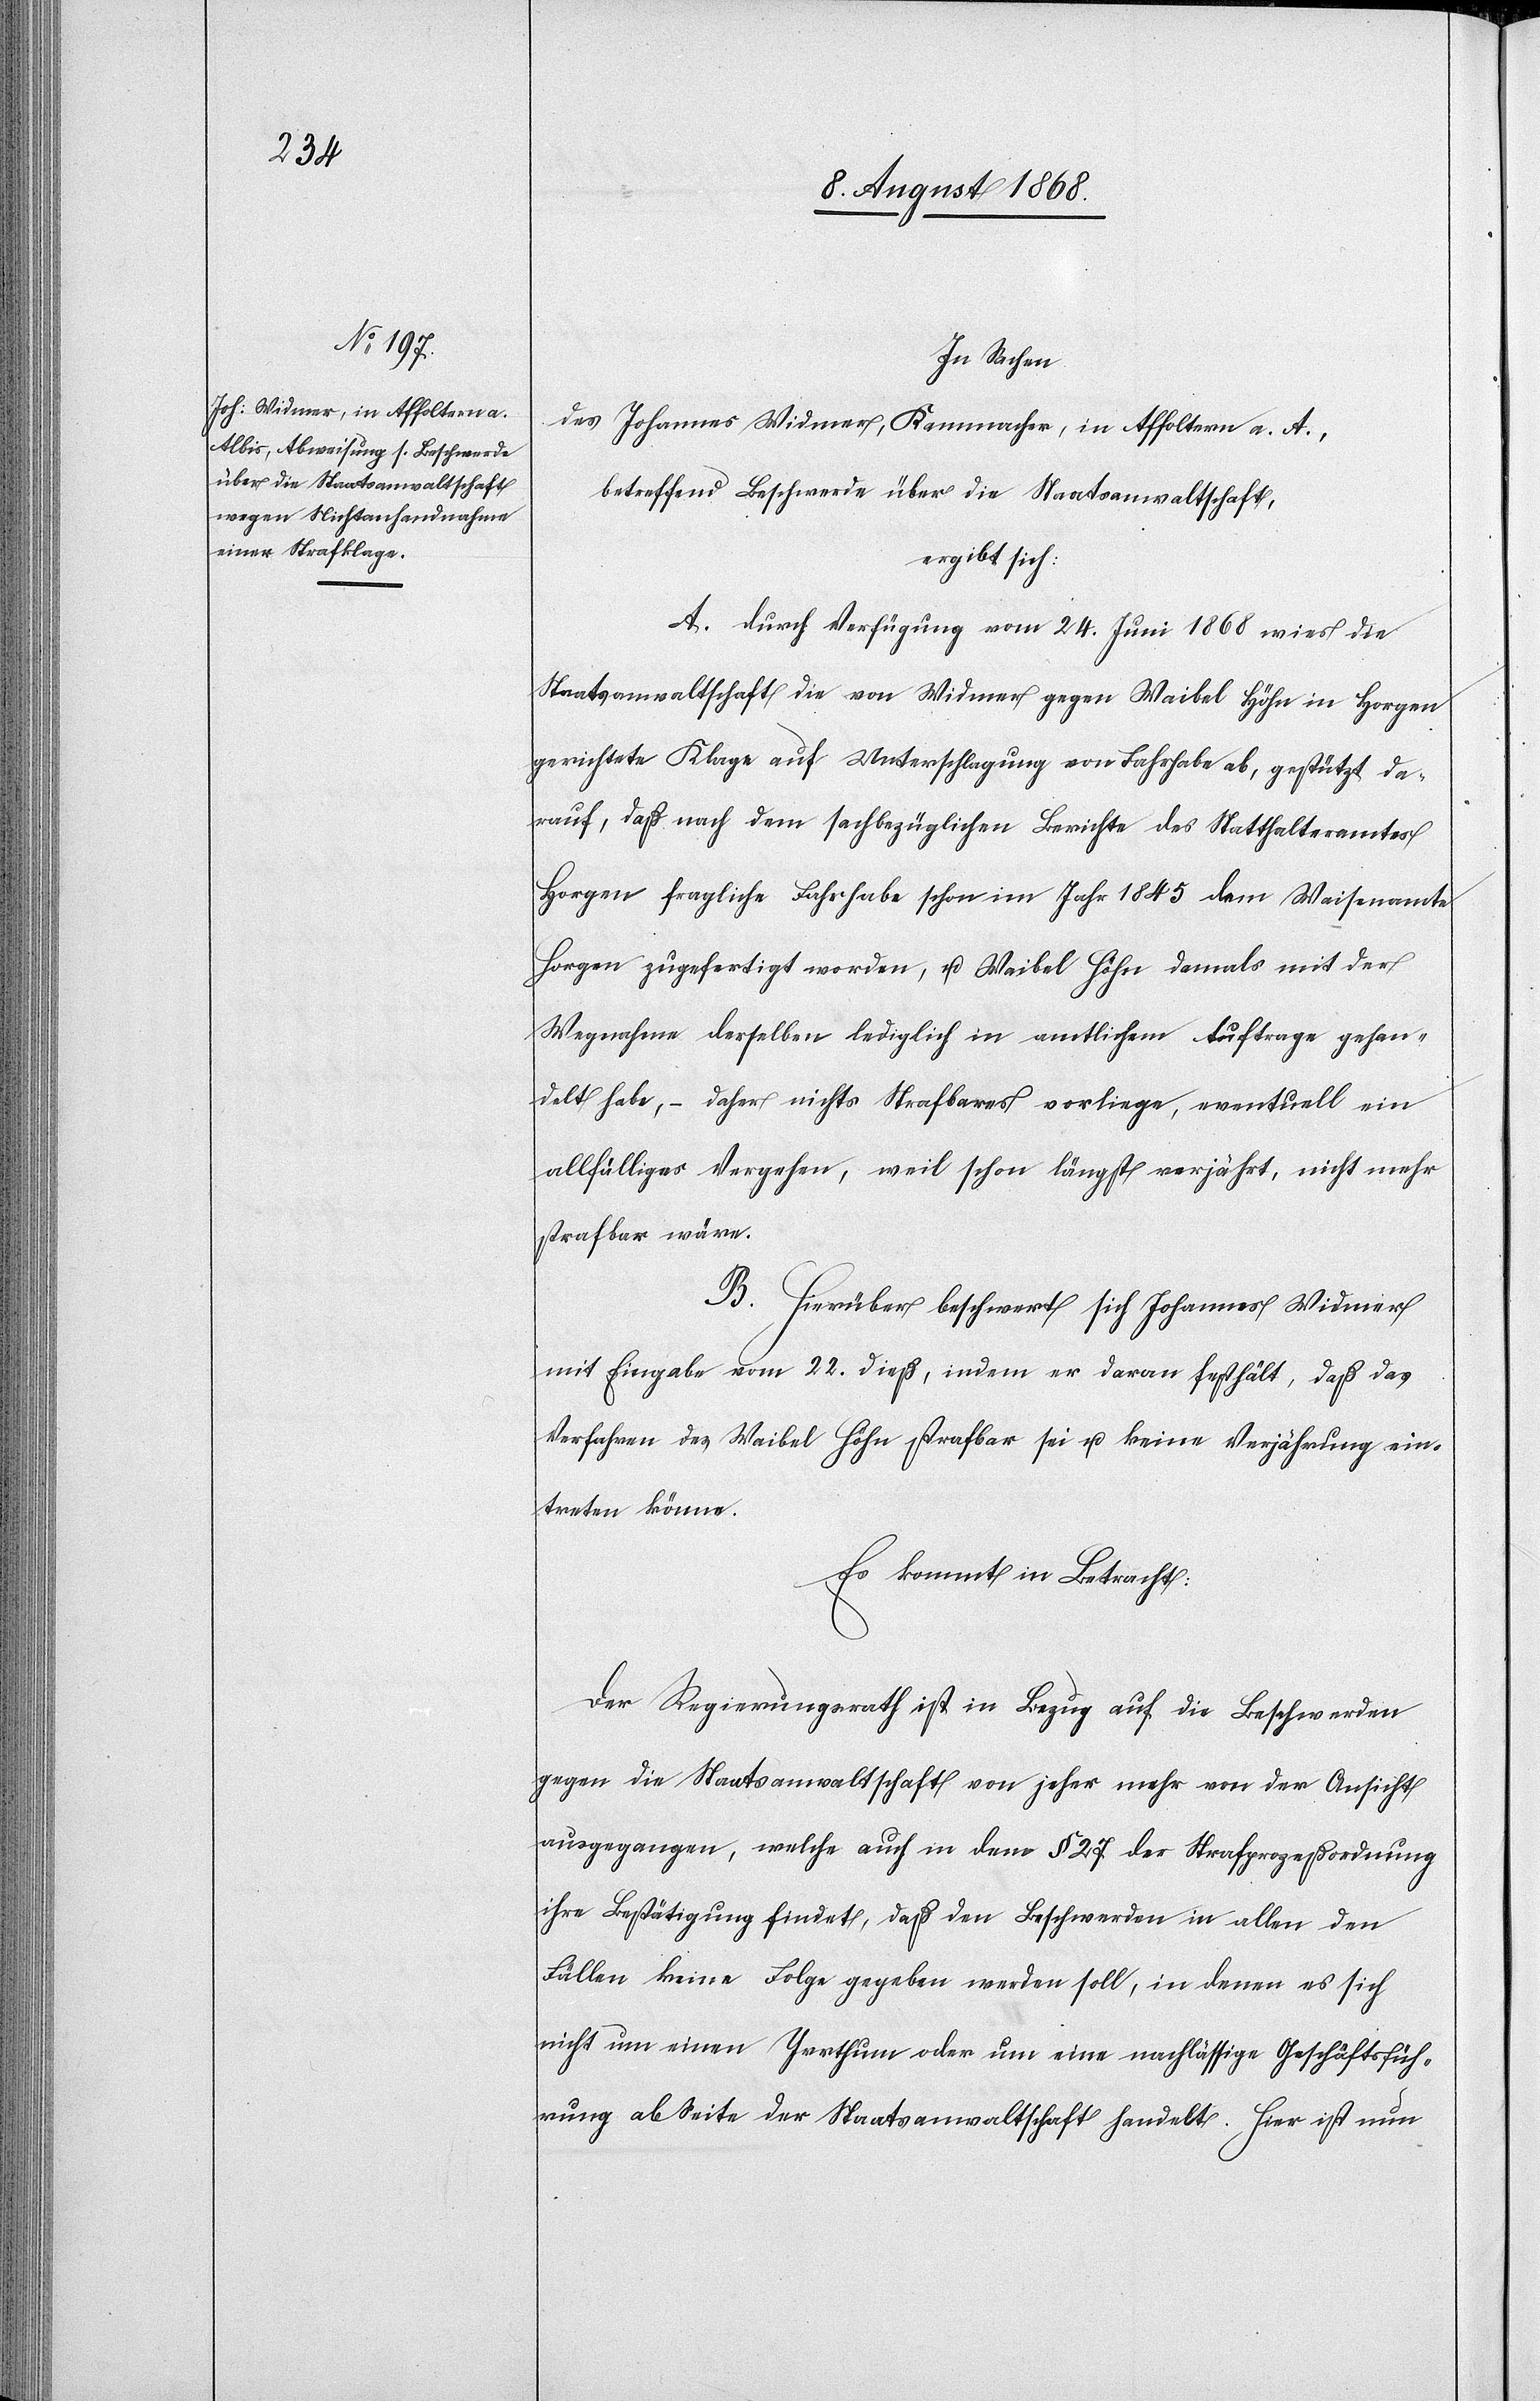
In Sachen
des Johannes Widmer, Kammacher, in Affoltern a. A.,
betreffend Beschwerde über die Staatsanwaltschaft,
ergibt sich:
A. Durch Verfügung vom 24. Juni 1868 wies die
Staatsanwaltschaft die von Widmer gegen Waibel Höhn in Horgen
gerichtete Klage auf Unterschlagung von Fahrhabe ab, gestützt da¬
rauf, daß nach dem sachbezüglichen Berichte des Statthalteramtes
Horgen fragliche Fahrhabe schon im Jahr 1845 dem Waisenamte
Horgen zugefertigt worden, u. Waibel Höhn damals mit der
Wegnahme derselben lediglich in amtlichem Auftrage gehan¬
delt habe, – daher nichts Strafbares vorliege, eventuell ein
allfälliges Vergehen, weil schon längst verjährt, nicht mehr
strafbar wäre.
B. Hierüber beschwert sich Johannes Widmer
mit Eingabe vom 22. dieß, indem er daran festhält, daß das
Verfahren des Waibel Höhn strafbar sei u. keine Verjährung ein¬
treten könne.
Es kommt in Betracht:
Der Regierungsrath ist in Bezug auf die Beschwerden
gegen die Staatsanwaltschaft von jeher mehr von der Ansicht
ausgegangen, welche auch in dem § 27 der Strafprozeßordnung
ihre Bestätigung findet, daß den Beschwerden in allen den
Fällen keine Folge gegeben werden soll, in denen es sich
nicht um einen Irrthum oder um eine nachlässige Geschäftsfüh¬
rung ab Seite der Staatsanwaltschaft handelt. Hier ist nun